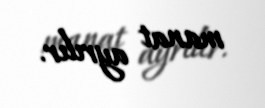
manat ayrılır.